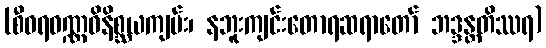
(စီဝရဝဏ္ဏဝိနိစ္ဆယကျမ်း၊ နဘူးကျင်းတောရဆရာတော် ဘဒ္ဒန္တတိဿရ)